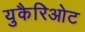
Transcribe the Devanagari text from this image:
युकैरिओट